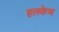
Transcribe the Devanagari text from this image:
हलकेच